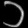
Digit: ၁